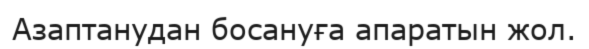
Азаптанудан босануға апаратын жол.